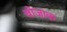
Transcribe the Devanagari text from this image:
बोजाक